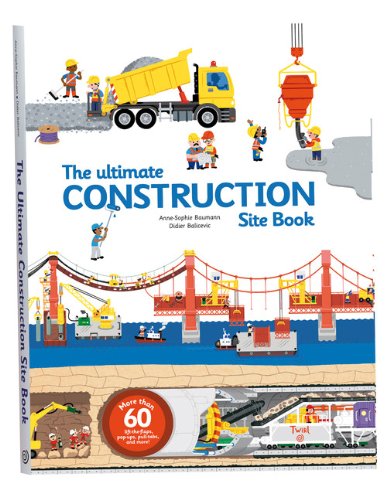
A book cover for The Ultimate Construction Site Book; Reference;